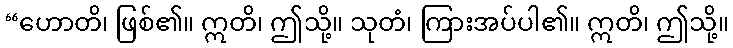
“ဟောတိ၊ ဖြစ်၏။ ဣတိ၊ ဤသို့။ သုတံ၊ ကြားအပ်ပါ၏။ ဣတိ၊ ဤသို့။